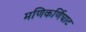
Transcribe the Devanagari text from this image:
मणिकर्णिघाट